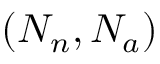
( N _ { n } , N _ { a } )